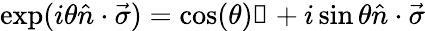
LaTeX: \exp(i\theta\hat{n}\cdot\vec{\sigma})=\cos(\theta)\mathbb{1}+i\sin\theta\hat{n}\cdot\vec{\sigma}